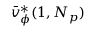
\bar { v } _ { \phi } ^ { * } ( 1 , N _ { p } )